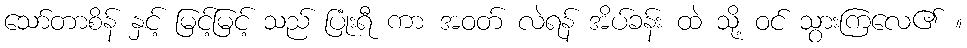
သော်တာစိန် နှင့် မြင့်မြင့် သည် ပြုံးရီ ကာ အဝတ် လဲရန် အိပ်ခန်း ထဲ သို့ ဝင် သွားကြလေ၏ ။